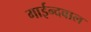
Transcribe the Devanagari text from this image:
गाईन्दवाल